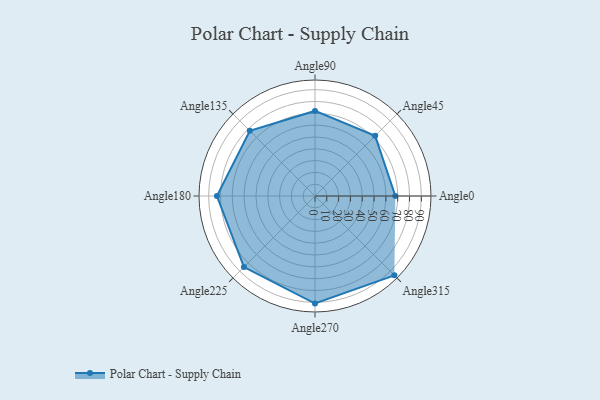
{"axis": {"x": "Angle", "y": "Radius"}, "legend": [""], "data": [{"x": "Angle0", "y": 68.0, "type": ""}, {"x": "Angle45", "y": 72.0, "type": ""}, {"x": "Angle90", "y": 72.0, "type": ""}, {"x": "Angle135", "y": 78.0, "type": ""}, {"x": "Angle180", "y": 83.0, "type": ""}, {"x": "Angle225", "y": 85.0, "type": ""}, {"x": "Angle270", "y": 91.0, "type": ""}, {"x": "Angle315", "y": 95.0, "type": ""}]}